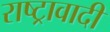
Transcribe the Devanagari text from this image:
राष्ट्रावादी